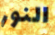
النور